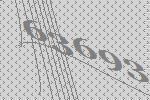
63693